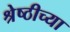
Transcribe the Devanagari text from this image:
श्रेष्ठीच्या